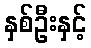
နှစ်ဦးနှင့်